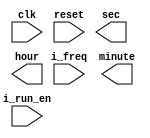
//////////////////////////////////////////////////////////////////////////////////
// Company:
// Engineer: 
//
// License : https://github.com/matbi86/matbi_fpga_season_1/blob/master/LICENSE
// Design Name: 
// Module Name: one_sec_generator
// Project Name:
// Target Devices:
// Tool Versions:
// Description: To generate one sec
// Dependencies:
//
// Revision:
// Revision 0.01 - File Created
// Additional Comments:
//
//////////////////////////////////////////////////////////////////////////////////
 
`timescale 1ns / 1ps
module matbi_one_sec_gen(
    clk,
    reset,
	i_run_en,
	i_freq,
    sec,
    minute,
    hour,
    );
parameter P_COUNT_BIT = 30; // (default) 30b 
parameter P_SEC_BIT=6;
parameter P_MIN_BIT=6;
parameter P_HOUR_BIT=5 ;
input 						clk;
input 						reset;
input 						i_run_en;
input [P_COUNT_BIT-1:0]		i_freq;

reg		o_one_sec_tick;

output [P_SEC_BIT-1:0] sec;
output [P_MIN_BIT-1:0] minute;
output [P_HOUR_BIT-1:0] hour;

	reg 	[P_COUNT_BIT-1:0] 	r_counter; 

	always @(posedge clk) begin
	    if(reset) begin
			r_counter <= {P_COUNT_BIT{1'b0}};
			o_one_sec_tick <= 1'b0;
	    end else if (i_run_en) begin
			if(r_counter == i_freq -1) begin
				r_counter <= 0;
				o_one_sec_tick <= 1'b1;
			end else begin
				r_counter <= r_counter + 1'b1;
				o_one_sec_tick <= 1'b0;
			end
		end else begin
			o_one_sec_tick <= 1'b0;
		end
	end
	
endmodule